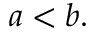
a < b .